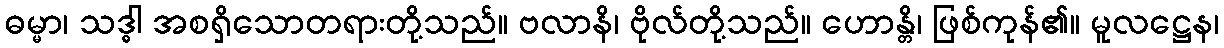
ဓမ္မာ၊ သဒ္ဓါ အစရှိသောတရားတို့သည်။ ဗလာနိ၊ ဗိုလ်တို့သည်။ ဟောန္တိ၊ ဖြစ်ကုန်၏။ မူလဋ္ဌေန၊